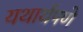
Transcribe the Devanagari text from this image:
यथार्थपणे